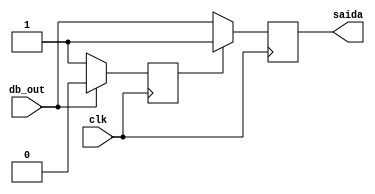
module maquinaEstados( clk, db_out, saida );

	input clk, db_out;
	output reg saida;
	reg state = 0;
	
	always @( posedge clk )
	begin
		if( state == 0 )
		begin
			saida = db_out;
			if( db_out == 0 )
				state = 1;
		end
		else
		begin
			saida = 1;
			if( db_out == 1 )
				state = 0;
		end
	end

endmodule